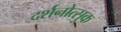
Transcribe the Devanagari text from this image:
दर्शनोत्सुक